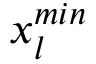
x _ { l } ^ { m i n }